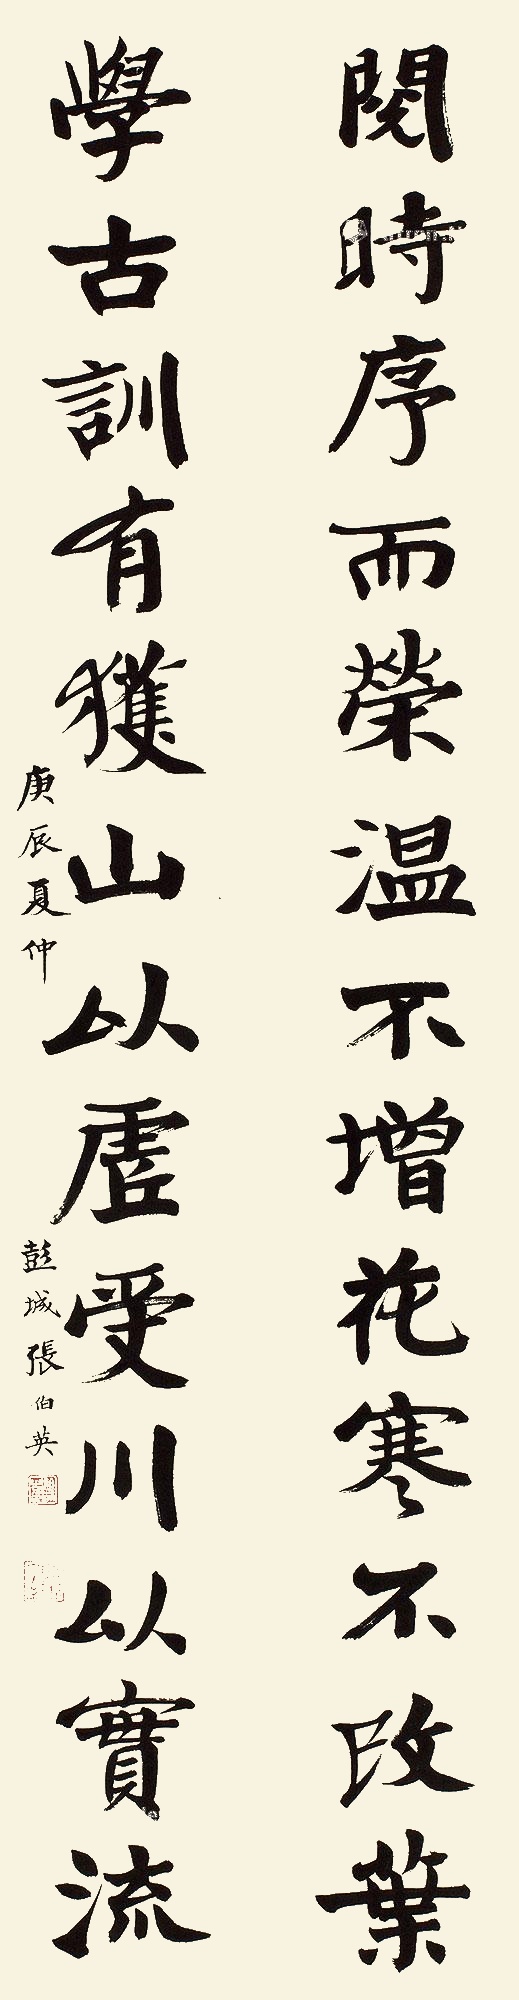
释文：阅时序而荣温不增花寒不改叶，学古训有获山以虚受川以实流。庚辰夏仲，彭城张伯英。